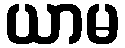
ယာမ